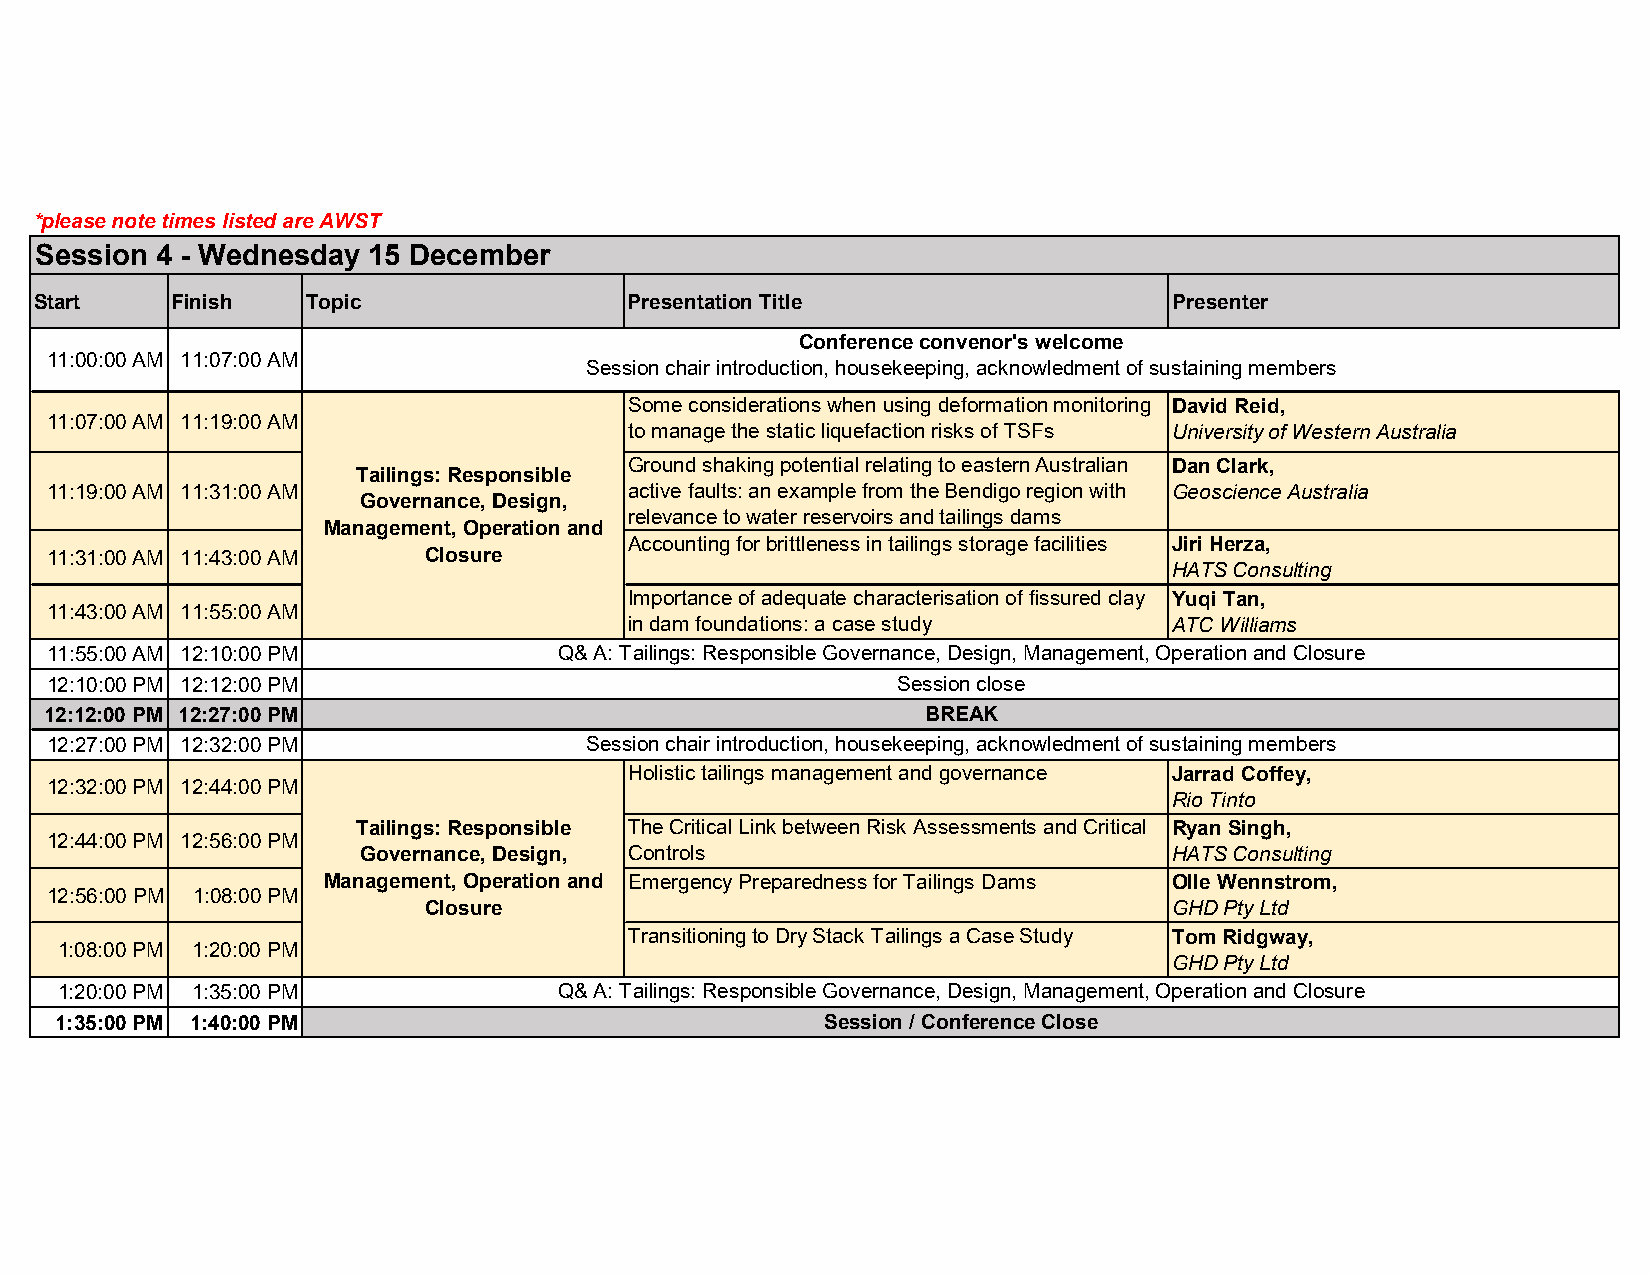
*please note times listed are AWST
 Session 4 - Wednesday 15 December
 Start    Finish   Topic                 Presentation Title                  Presenter
 Conference convenor's welcome
 11:00:00 AM 11:07:00 AM
 Session chair introduction, housekeeping, acknowledment of sustaining members
 Some considerations when using deformation monitoring David Reid,
 11:07:00 AM 11:19:00 AM
 to manage the static liquefaction risks of TSFs University of Western Australia
 Ground shaking potential relating to eastern Australian Dan Clark,
 Tailings: Responsible
 11:19:00 AM 11:31:00 AM                active faults: an example from the Bendigo region with Geoscience Australia
 Governance, Design,
 relevance to water reservoirs and tailings dams
 Management, Operation and
 Accounting for brittleness in tailings storage facilities Jiri Herza,
 11:31:00 AM 11:43:00 AM  Closure
 HATS Consulting
 Importance of adequate characterisation of fissured clay Yuqi Tan,
 11:43:00 AM 11:55:00 AM
 in dam foundations: a case study    ATC Williams
 11:55:00 AM 12:10:00 PM           Q& A: Tailings: Responsible Governance, Design, Management, Operation and Closure
 12:10:00 PM 12:12:00 PM                                 Session close
 12:12:00 PM 12:27:00 PM                                   BREAK
 12:27:00 PM 12:32:00 PM             Session chair introduction, housekeeping, acknowledment of sustaining members
 Holistic tailings management and governance Jarrad Coffey,
 12:32:00 PM 12:44:00 PM
 Rio Tinto
 Tailings: Responsible The Critical Link between Risk Assessments and Critical Ryan Singh,
 12:44:00 PM 12:56:00 PM
 Governance, Design, Controls                          HATS Consulting
 Management, Operation and Emergency Preparedness for Tailings Dams Olle Wennstrom,
 12:56:00 PM 1:08:00 PM
 Closure                                           GHD Pty Ltd
 Transitioning to Dry Stack Tailings a Case Study Tom Ridgway,
 1:08:00 PM 1:20:00 PM
 GHD Pty Ltd
 1:20:00 PM 1:35:00 PM            Q& A: Tailings: Responsible Governance, Design, Management, Operation and Closure
 1:35:00 PM 1:40:00 PM                              Session / Conference Close